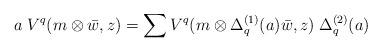
LaTeX: \begin{align*}a \; V^{q}(m\otimes\bar{w},z) = \sum V^{q}(m\otimes \Delta_{q}^{(1)} (a)\bar{w},z) \; \Delta_{q}^{(2)}(a)\end{align*}